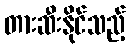
တားဆီးနိုင်သည့်